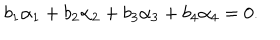
b _ { 1 } \alpha _ { 1 } + b _ { 2 } \alpha _ { 2 } + b _ { 3 } \alpha _ { 3 } + b _ { 4 } \alpha _ { 4 } = 0 .